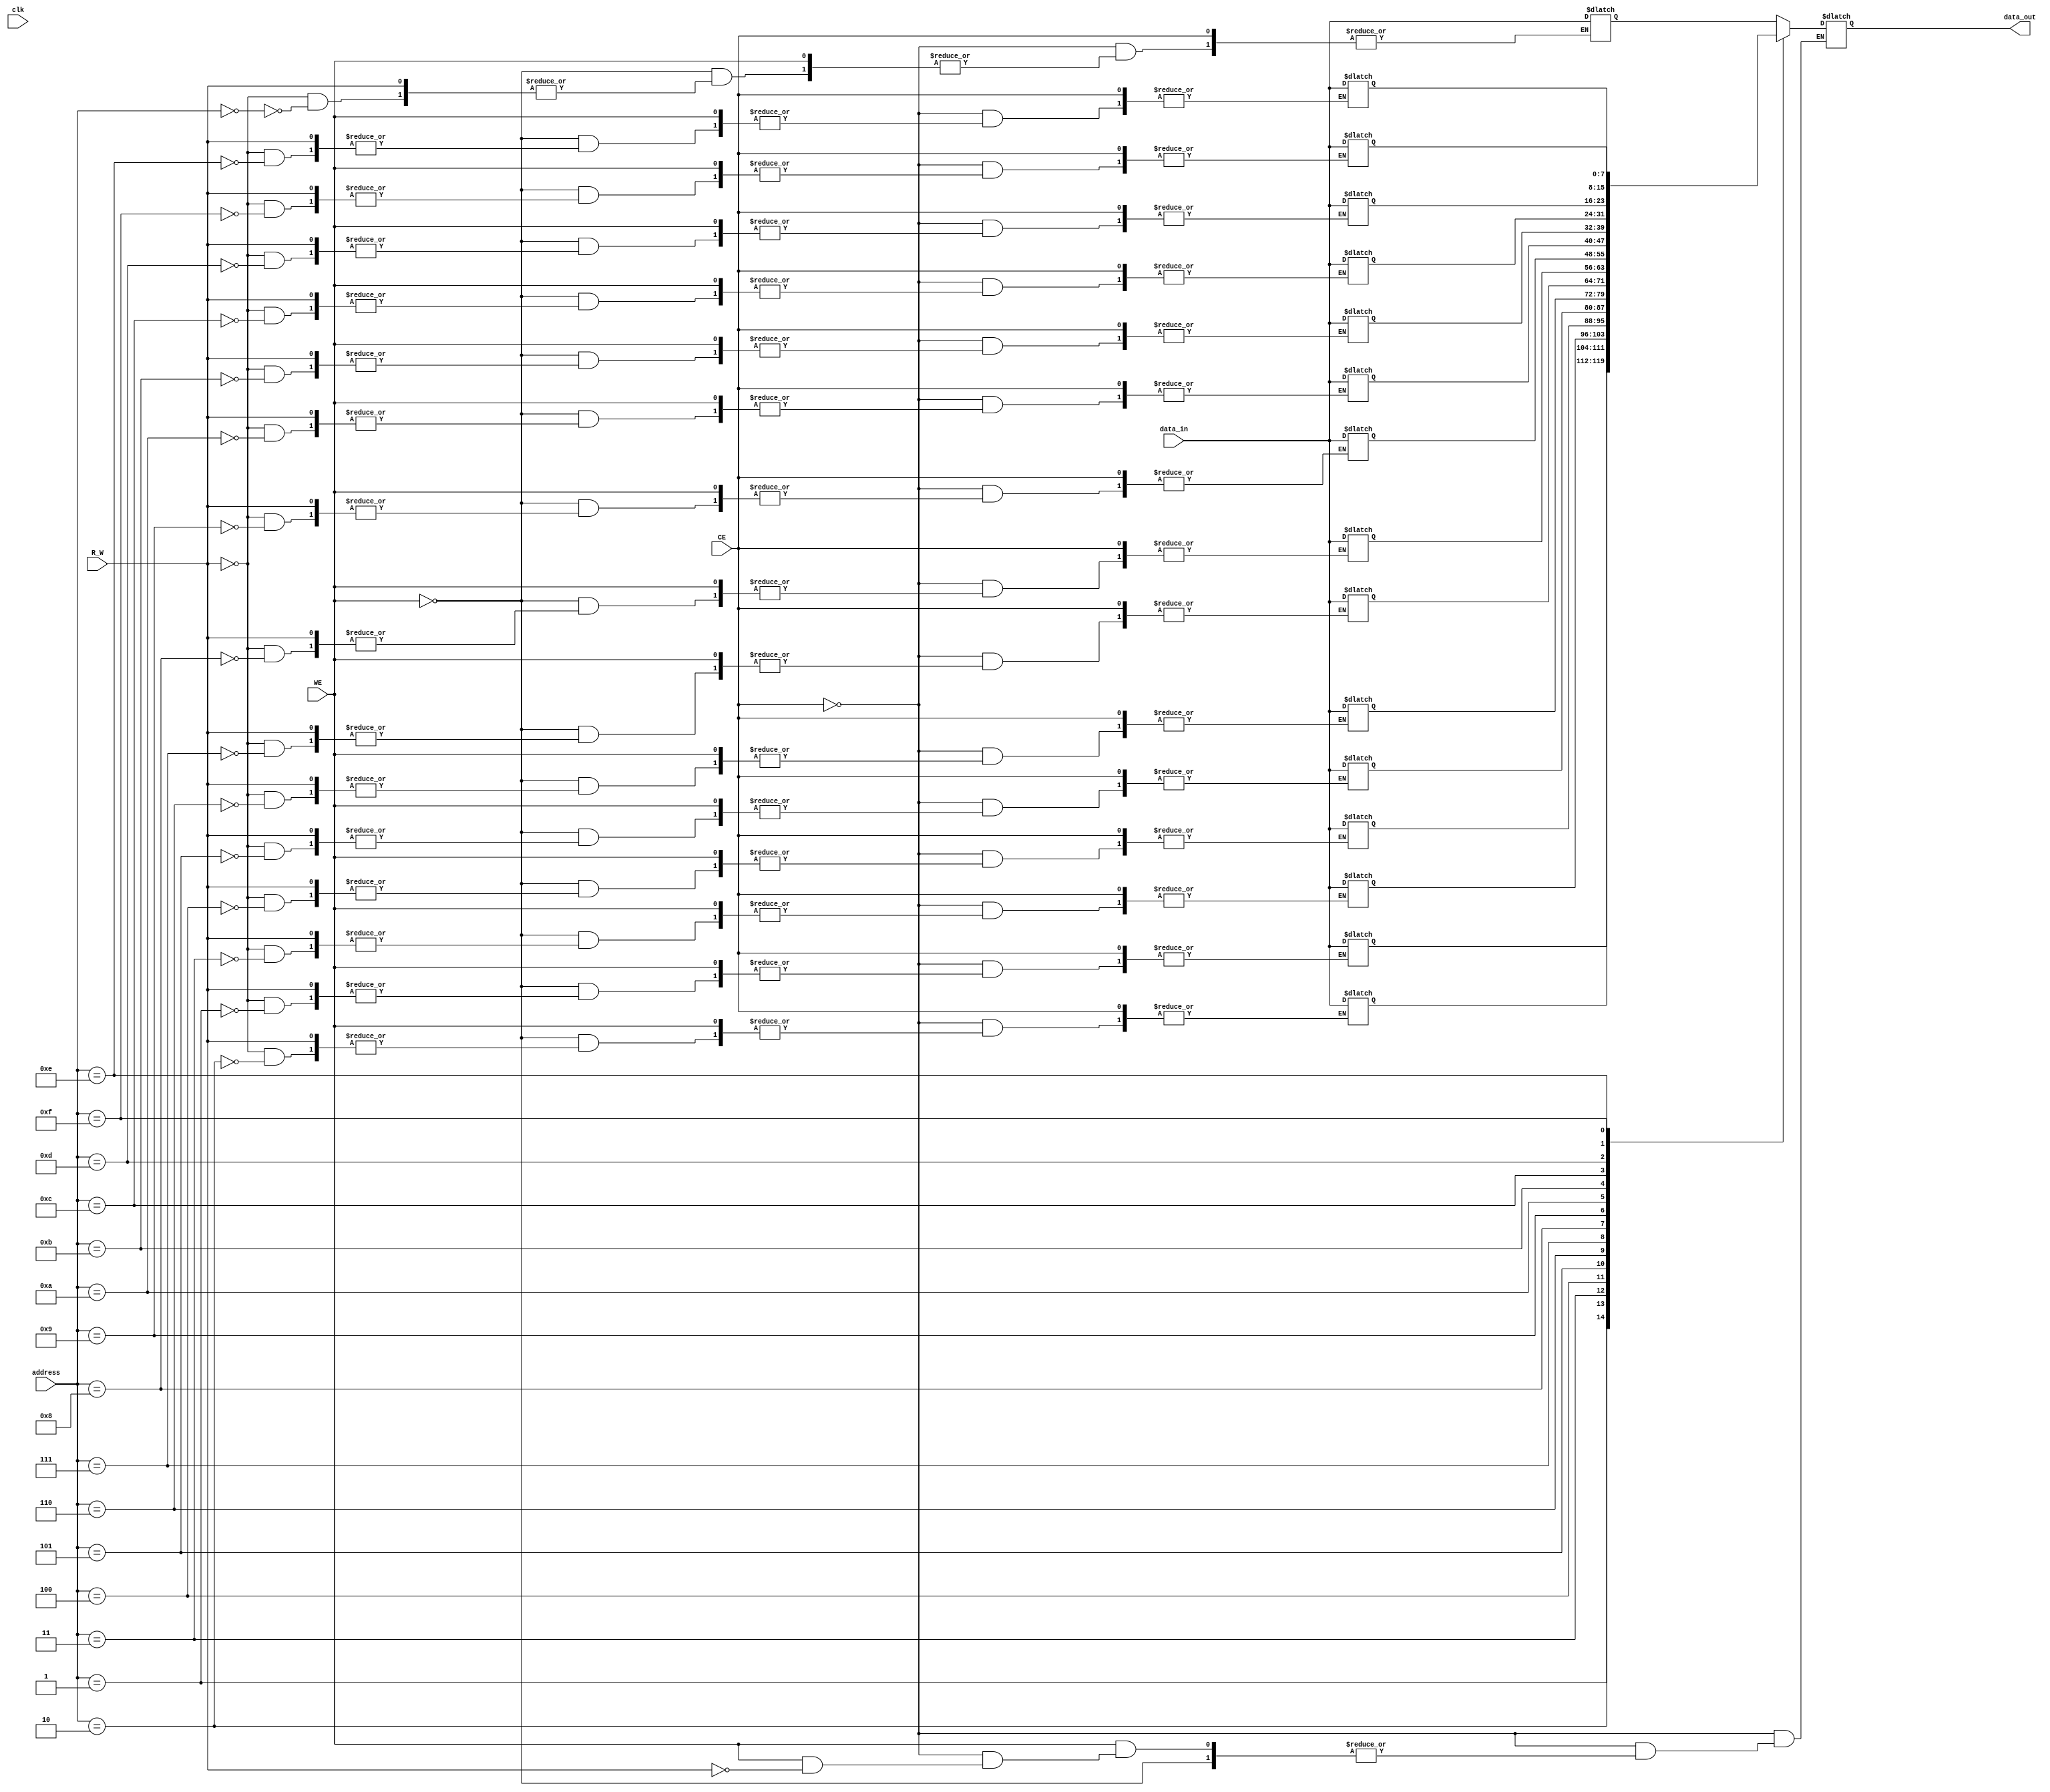
module async_sram #(
    parameter DATA_WIDTH = 8,    // Width of data bus
    parameter ADDR_WIDTH = 4,     // Width of address bus
    parameter MEM_DEPTH = 1 << ADDR_WIDTH // Memory depth (2^ADDR_WIDTH)
)(
    input wire [DATA_WIDTH-1:0] data_in,  // Data input
    output reg [DATA_WIDTH-1:0] data_out,  // Data output
    input wire [ADDR_WIDTH-1:0] address,    // Address input
    input wire CE,                          // Chip Enable (active low)
    input wire WE,                          // Write Enable (active low)
    input wire R_W,                         // Read/Write control (1 for read, 0 for write)
    input wire clk                           // Not used in this asynchronous design
);

// Memory array
reg [DATA_WIDTH-1:0] memory [0:MEM_DEPTH-1];

// Asynchronous read/write operations
always @(*) begin
    if (!CE) begin  // Chip Enable is active low
        if (!WE) begin  // Write Enable is active low
            // Write operation
            if (!R_W) begin
                memory[address] <= data_in; // Write data to memory
            end
        end else begin
            // Read operation
            if (R_W) begin
                data_out = memory[address]; // Read data from memory
            end
        end
    end else begin
        data_out = {DATA_WIDTH{1'bz}}; // High impedance output when chip is disabled
    end
end

// Optional: Power management and low power modes can be implemented here

endmodule